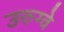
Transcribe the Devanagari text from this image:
उरुग्‍वे